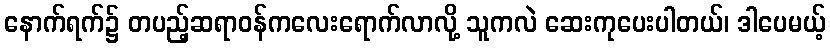
နောက်ရက်၌ တပည့်ဆရာဝန်ကလေးရောက်လာလို့ သူကလဲ ဆေးကုပေးပါတယ်၊ ဒါပေမယ့်